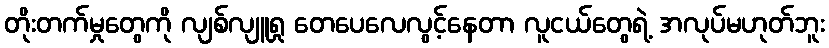
တိုးတက်မှုတွေကို လျစ်လျူရှု တေပေလေလွင့်နေတာ လူငယ်တွေရဲ့ အလုပ်မဟုတ်ဘူး